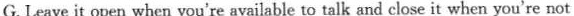
G.Leave it open when you're available to talk and close it when you're not